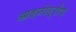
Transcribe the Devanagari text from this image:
आइनोट्रोप